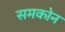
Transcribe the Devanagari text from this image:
समकोन